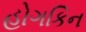
હોગકિન